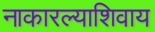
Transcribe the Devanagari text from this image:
नाकारल्याशिवाय